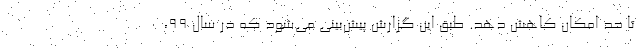
تا حد امکان کاهش دهد. طبق این گزارش پیش‌بینی می‌شود که در سال 99،